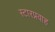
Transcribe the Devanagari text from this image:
स्टारप्रवाह